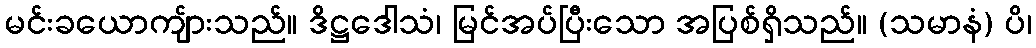
မင်းခယောကျ်ားသည်။ ဒိဋ္ဌဒေါသံ၊ မြင်အပ်ပြီးသော အပြစ်ရှိသည်။ (သမာနံ) ပိ၊